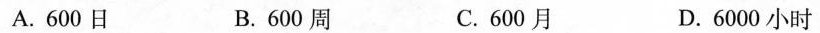
A.600日 B.600周 C.600月 D.6000小时